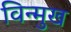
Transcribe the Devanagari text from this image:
विन्‍मुख